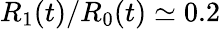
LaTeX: R_{1}(t)/R_{0}(t)\simeq 0.2